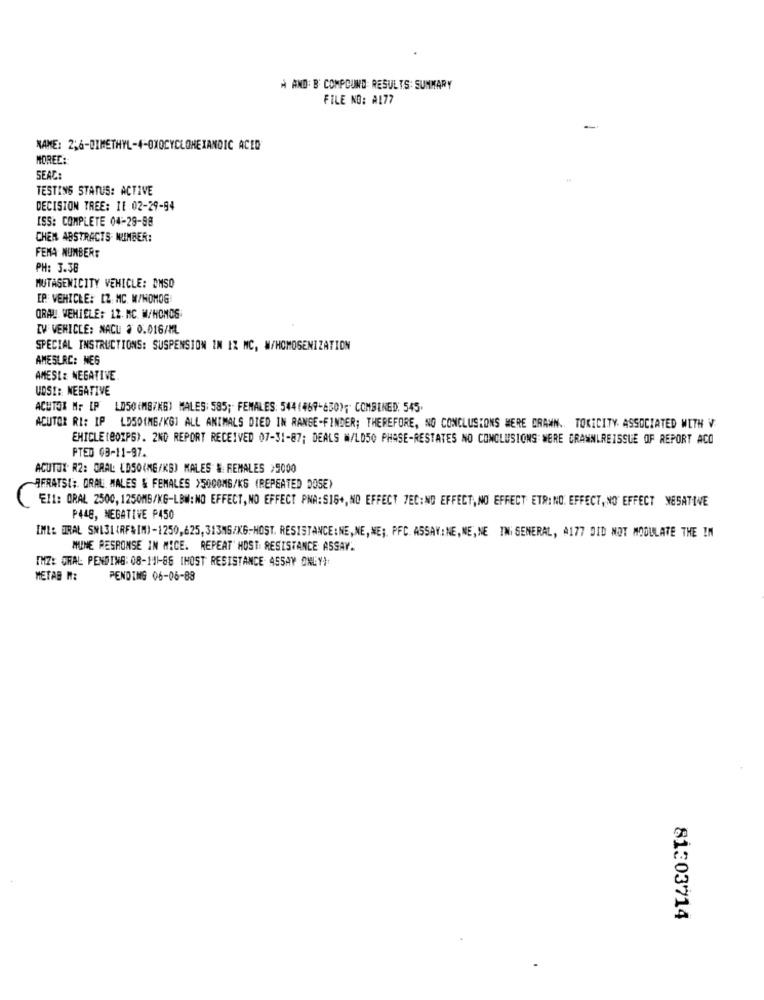
À AND: B' COMPOUND RESULTS: SUMMARY
FILE NO: A177
-
NAME: 2;6-DIMETHYL-4-OXOCYCLOHEXANDIC ACID
MOREC:
SEAC:
TESTING STATUS: ACTIVE
DECISION TREE: IL 02-29-94
ISS: COMPLETE 04-29-88
CHEN ABSTRACTS NUMBER:
FEMA NUMBER:
PH: 3.38
MUTASEMICITY VEHICLE: DMSO
EP VEHICLE: CZ. MC. M/WOMOG
ORAN WEMIELE: 12. NC. M/HONOS
IV VEHICLE: NACU 3 0.016/ML
SPECIAL INSTRUCTIONS: SUSPENSION IN IZ MC, W/HOMOGENIZATION
AMESLRC: NEG
AMESLE NEGATIVE
UDSI: NEGATIVE
ACHTOR M: [P LD50(M87NG) MALES: 585; FEMALES: 544(469-630); COMBINED: 545.
ACUTOR RI: IP LD50(MG/KG] ALL ANIMALS DIED IN RANGE-FINDER; THEREFORE, NO CONCLUSIONS WERE DRAWN .. TOKICITY. ASSOCIATED WITH V
EHICLE(BOXPS). 2ND REPORT RECEIVED 07-31-87; DEALS W/LD50 PHASE-RESTATES NO CONCLUSIONS WERE CRAWNLREISSUE OF REPORT ACO
PTED 03-11-97.
ACUTOX R2: ORAL: LOSO(ME/KS) MALES & FEMALES >5000
AFRATSI: ORAL WALES & FEMALES >5000MG/KG (REPEATED DOSE)
El1: ORAL 2500, 1250MG/KG-LBW: NO EFFECT, NO EFFECT PNA:SIG+, NO EFFECT 7EC:NO EFFECT, NO EFFECT ETR: NO. EFFECT, NO EFFECT NESATIVE
P448, NEGATIVE P450
IML: BIRAL SNL3L (RFAIM)-1250,625,313MG/KG-HOST. RESISTANCE:NE,NE,NE ;, PFC ASSAY:NE,NE,NE INİ SENERAL, #177 DID NOT MODULATE THE IN
MUNE RESPONSE IN MICE. REPEAT HOST: RESISTANCE ASSAY.
[HZ: ORAL PENDING: 08-141-66 (HOST RESISTANCE ASSAY ONLY):
METAB M:
PENDING 06-06-88
81303714